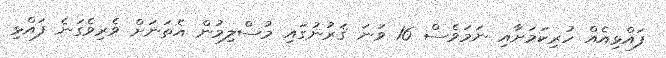
ފައްޅިއެއް ހުރިކަމަށާއި ނަމަވެސް 16 ވަނަ ޤަރުނުގައި މުސްލިމުން އެތަނަށް ވެރިވެގަނެ ފައްޅި